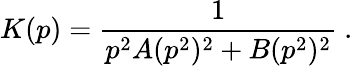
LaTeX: K(p)=\frac{1}{p^{2}A(p^{2})^{2}+B(p^{2})^{2}}~.